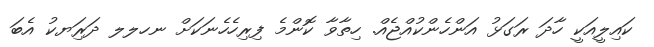
ކައިލީއަކީ ހާދަ ރަގަޅު އަންހެންކުއްޖެއް. ހިތާވާ ކޮންމެ ފިރިހެހެނަކަށް ނހލލ ދަރިަޔކު އެބަ